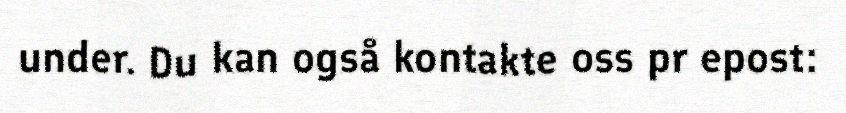
under. Du kan også kontakte oss pr epost: